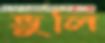
ভুলি